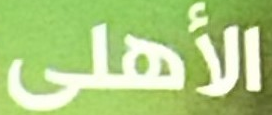
الأهلى